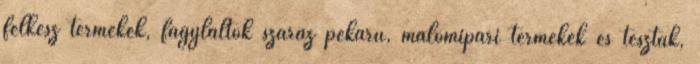
félkész termékek, fagylaltok száraz pékáru, malomipari termékek és tészták,